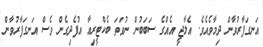
އަނގަފާރުވާން ދިމާވެއެވެ. އެލާޖީ އެއްގެ ސަބަބުން ނުވަތަ ބެކްޓީރިއާ އުފެދިގެން ވެސް އަނގަފާރުވާން